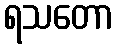
ရသတော